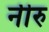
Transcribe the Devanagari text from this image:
नीरु